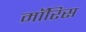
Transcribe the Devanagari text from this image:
माॅरिस